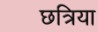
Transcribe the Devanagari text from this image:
छत्रिया